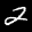
Label: 2